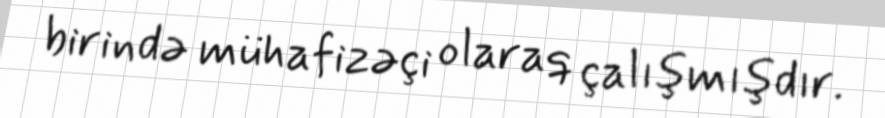
birində mühafizəçi olaraq çalışmışdır.